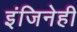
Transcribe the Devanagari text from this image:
इंजिनेही